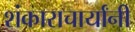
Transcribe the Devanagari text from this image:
शंकाराचार्यांनी